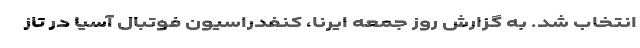
انتخاب شد. به گزارش روز جمعه ایرنا، کنفدراسیون فوتبال آسیا در تاز